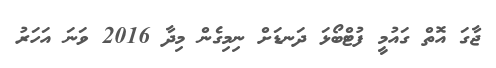
ޖާގަ އޮތް ގައުމީ ފުޓްބޯޅަ ދަނޑަށް ނިމިގެން މިދާ 2016 ވަނަ އަހަރު